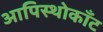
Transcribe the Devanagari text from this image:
आपिस्थोकाँट